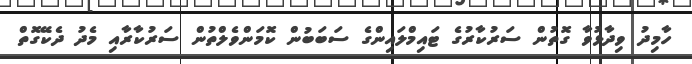
ހާމިދު ވިދާޅުވާ ގޮތުން ސަރުކާރުގެ ޓައިމްލައިންގެ ސަބަބުން ކޮމަންވެލްތުން ސަރުކާރާއި މެދު ދެކޭގޮތް